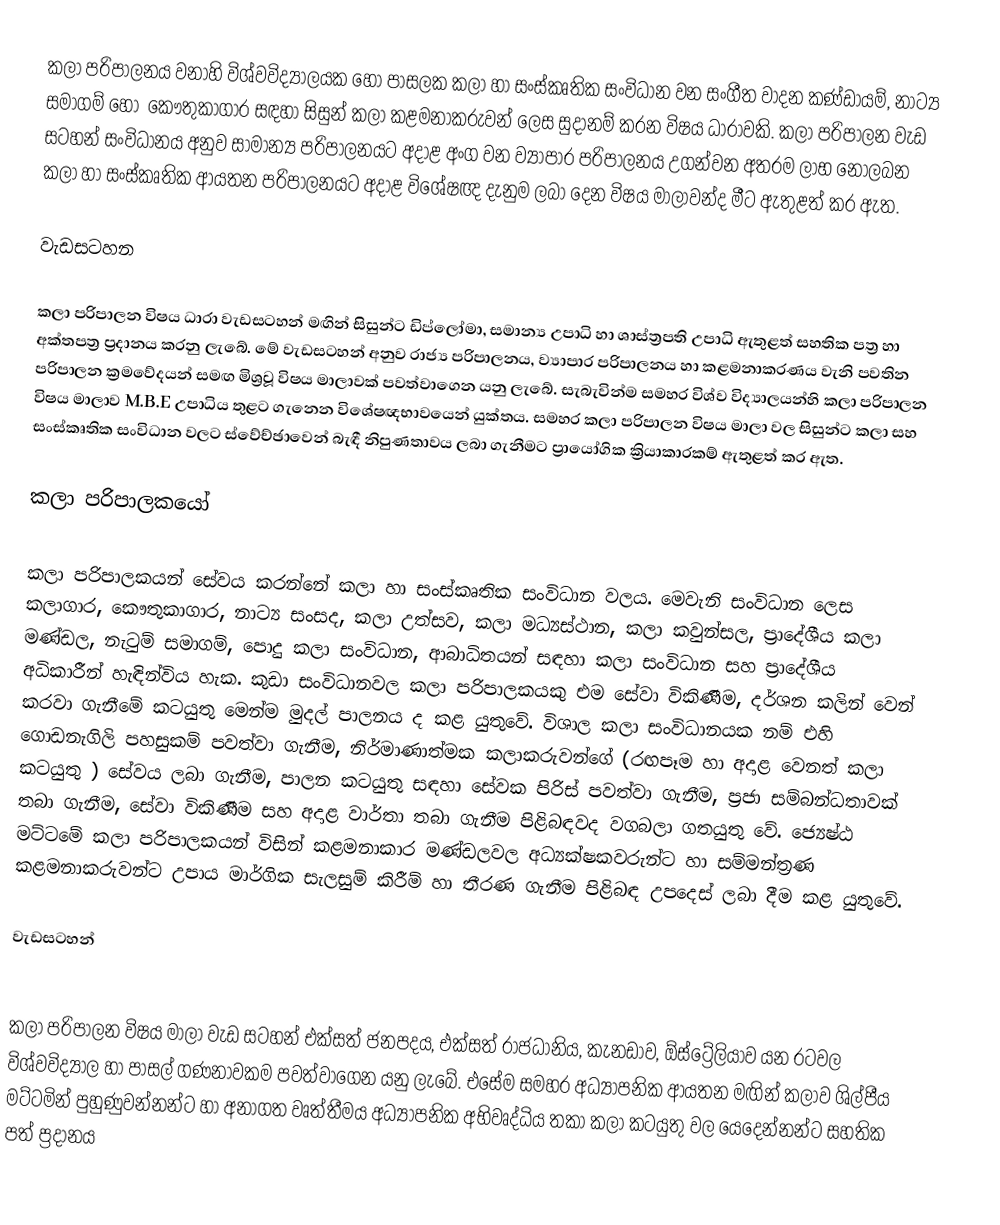
කලා  පරිපාලනය  වනාහි  විශ්වවිද්‍යාලයක  හෝ  පාසලක  කලා හා සංස්කෘතික  සංවිධාන  වන  සංගීත වාදන කණ්ඩායම්, නාට්‍ය  සමාගම්  හෝ  ‍ කෞතුකාගාර  සඳහා  සිසුන් කලා   කළමනාකරුවන් ලෙස සුදානම්  කරන  විෂය  ධාරාවකි.  කලා  පරිපාලන  වැඩ සටහන්  සංවිධානය  අනුව  සාමාන්‍ය  පරිපාලනයට   අදාළ   අංග  වන  ව්‍යාපාර  පරිපාලනය  උගන්වන  අතරම  ලාභ  නොලබන  කලා  හා  සංස්කෘතික  ආයතන  පරිපාලනයට  අදාළ විශේෂඥ  දැනුම ලබා  දෙන  විෂය  මාලාවන්ද  මීට  ඇතුළත්   කර  ඇත.

වැඩසටහන

කලා  පරිපාලන  විෂය ධාරා වැඩසටහන් මඟින්  සිසුන්ට   ඩිප්ලෝමා,  සමාන්‍ය  උපාධි  හා  ශාස්ත්‍රපති  උපාධි   ඇතුළත්  සහතික  පත්‍ර  හා  අක්තපත්‍ර  ප්‍රදානය  කරනු   ලැබේ.   මේ  වැඩසටහන්  අනුව  රාජ්‍ය  පරිපාලනය,  ව්‍යාපාර   පරිපාලනය  හා  කළමනාකරණය    වැනි   පවතින  පරිපාලන  ක්‍රමවේදයන්  සමඟ   මිශ්‍රවූ   විෂය  මාලාවක්   පවත්වාගෙන   යනු  ලැබේ.  සැබැවින්ම  සමහර   විශ්ව විද්‍යාලයන්හි  කලා පරිපාලන  විෂය මාලාව  M.B.E  උපාධිය තුළට ගැනෙන  විශේෂඥභාවයෙන්  යුක්තය.  සමහර කලා පරිපාලන  විෂය මාලා  වල  සිසුන්ට  කලා  සහ  සංස්කෘතික සංවිධාන වලට  ස්වේච්ඡාවෙන්   බැඳී      නිපුණතාවය  ලබා  ගැනීමට     ප්‍රායෝගික  ක්‍රියාකාරකම් ඇතුළත් ‍කර  ඇත.

කලා  පරිපාලකයෝ

කලා පරිපාලකයන්  සේවය  කරන්නේ  කලා  හා  සංස්කෘතික  සංවිධාන වලය.   මෙවැනි  සංවිධාන  ලෙස  කලාගාර,  කෞතුකාගාර,  නා‍ට්‍ය සංසද,  කලා   උත්සව,  කලා  මධ්‍යස්ථාන,   කලා   කවුන්සල,  ප්‍රාදේශීය කලා  මණ්ඩල,  නැටුම්  සමාගම්,  පොදු  කලා  සංවිධාන,  ආබාධිතයන් සඳහා  කලා  සංවිධාන  සහ  ප්‍රාදේශීය   අධිකාරීන්   හැඳින්විය  හැක.   කුඩා  සංවිධානවල  කලා  පරිපාලකයකු  එම  සේවා  විකිණීම,  දර්ශන කලින්  වෙන්  කරවා  ගැනීමේ  කටයුතු   මෙන්ම  මුදල්  පාලනය ද කළ  යුතුවේ.  විශාල  කලා  සංවිධානයක  නම්  එහි   ගොඩනැගිලි  පහසුකම් පවත්වා   ගැනීම,  නිර්මාණාත්මක   කලාකරුවන්ගේ  (රඟපෑම  හා  අදාළ  වෙනත් කලා කටයුතු )  සේවය  ලබා ගැනීම,  පාලන  කටයුතු  සඳහා   සේවක  පිරිස්   පවත්වා  ගැනීම,  ප්‍රජා  සම්බන්ධතාවක්  තබා  ගැනීම,  සේවා  විකිණීම  සහ  අදාළ   වාර්තා  තබා   ගැනීම  පිළිබඳවද  වගබලා  ගතයුතු වේ.   ජ්‍යෙෂ්ඨ  මට්ටමේ   කලා   පරිපාලකයන්  විසින් කළමනාකාර   මණ්ඩලවල   අධ්‍යක්ෂකවරුන්ට   හා  සම්මන්ත්‍රණ  කළමනාකරුවන්ට  උපාය  මාර්ගික   සැලසුම්  කිරීම්  හා  තීරණ  ගැනීම පිළිබඳ  උපදෙස්  ලබා  දීම   කළ   යුතුවේ.

වැඩසටහන්

කලා  පරිපාලන  විෂය මාලා  වැඩ සටහන්  එක්සත්  ජනපදය,  එක්සත්  රාජධානිය,   කැනඩාව,  ඕස්ට්‍රේලියාව  යන  රටවල   විශ්වවිද්‍යාල  හා   පාසල්  ගණනාවකම  පවත්වාගෙන  යනු  ලැබේ.  එසේම   සමහර   අධ්‍යාපනික   ආයතන  මඟින්  කලාව  ශිල්පීය  මට්ටමින්  පුහුණුවන්නන්ට   හා   අනාගත  වෘත්තීමය  අධ්‍යාපනික  අභිවෘද්ධිය  තකා    කලා  කටයුතු වල  යෙදෙන්නන්ට  සහතික  පත්  ප්‍රදානය